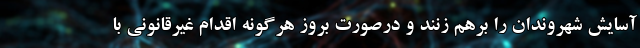
آسایش شهروندان را برهم زنند و درصورت بروز هرگونه اقدام غیرقانونی با